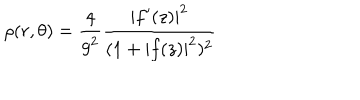
\rho ( r , \theta ) = \frac 4 { g ^ { 2 } } \frac { | f ^ { \prime } ( z ) | ^ { 2 } } { ( 1 + | f ( z ) | ^ { 2 } ) ^ { 2 } }